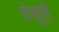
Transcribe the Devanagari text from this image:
येचूरी